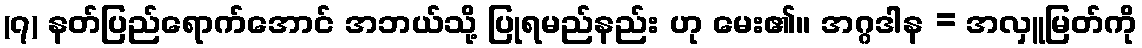
(၇) နတ်ပြည်ရောက်အောင် အဘယ်သို့ ပြုရမည်နည်း ဟု မေး၏။ အဂ္ဂဒါန = အလှူမြတ်ကို